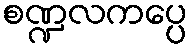
စဏ္ဍလကပ္ပေ